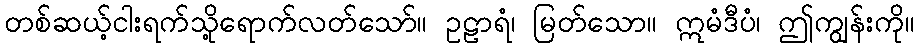
တစ်ဆယ့်ငါးရက်သို့ရောက်လတ်သော်။ ဥဠာရံ၊ မြတ်သော။ ဣမံဒီပံ၊ ဤကျွန်းကို။